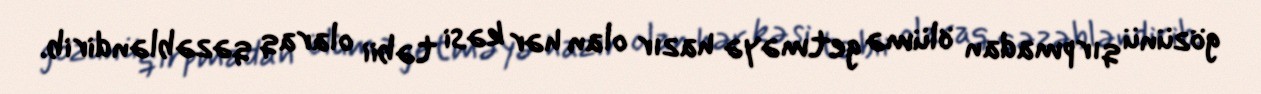
gözünü qırpmadan ölümə getməyə hazır olan hər kəsi təbii olaraq qəzəbləndirib.